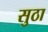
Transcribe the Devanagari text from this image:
सुठा